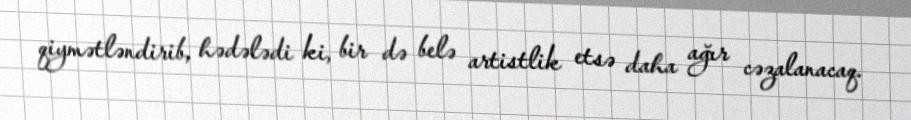
qiymətləndirib, hədələdi ki, bir də belə artistlik etsə daha ağır cəzalanacaq.